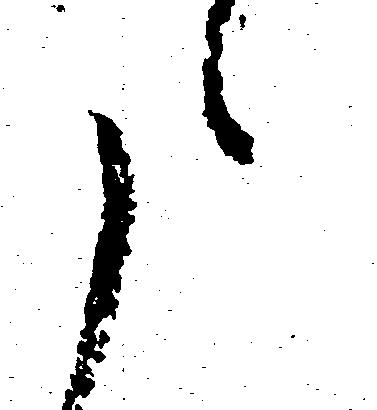
た